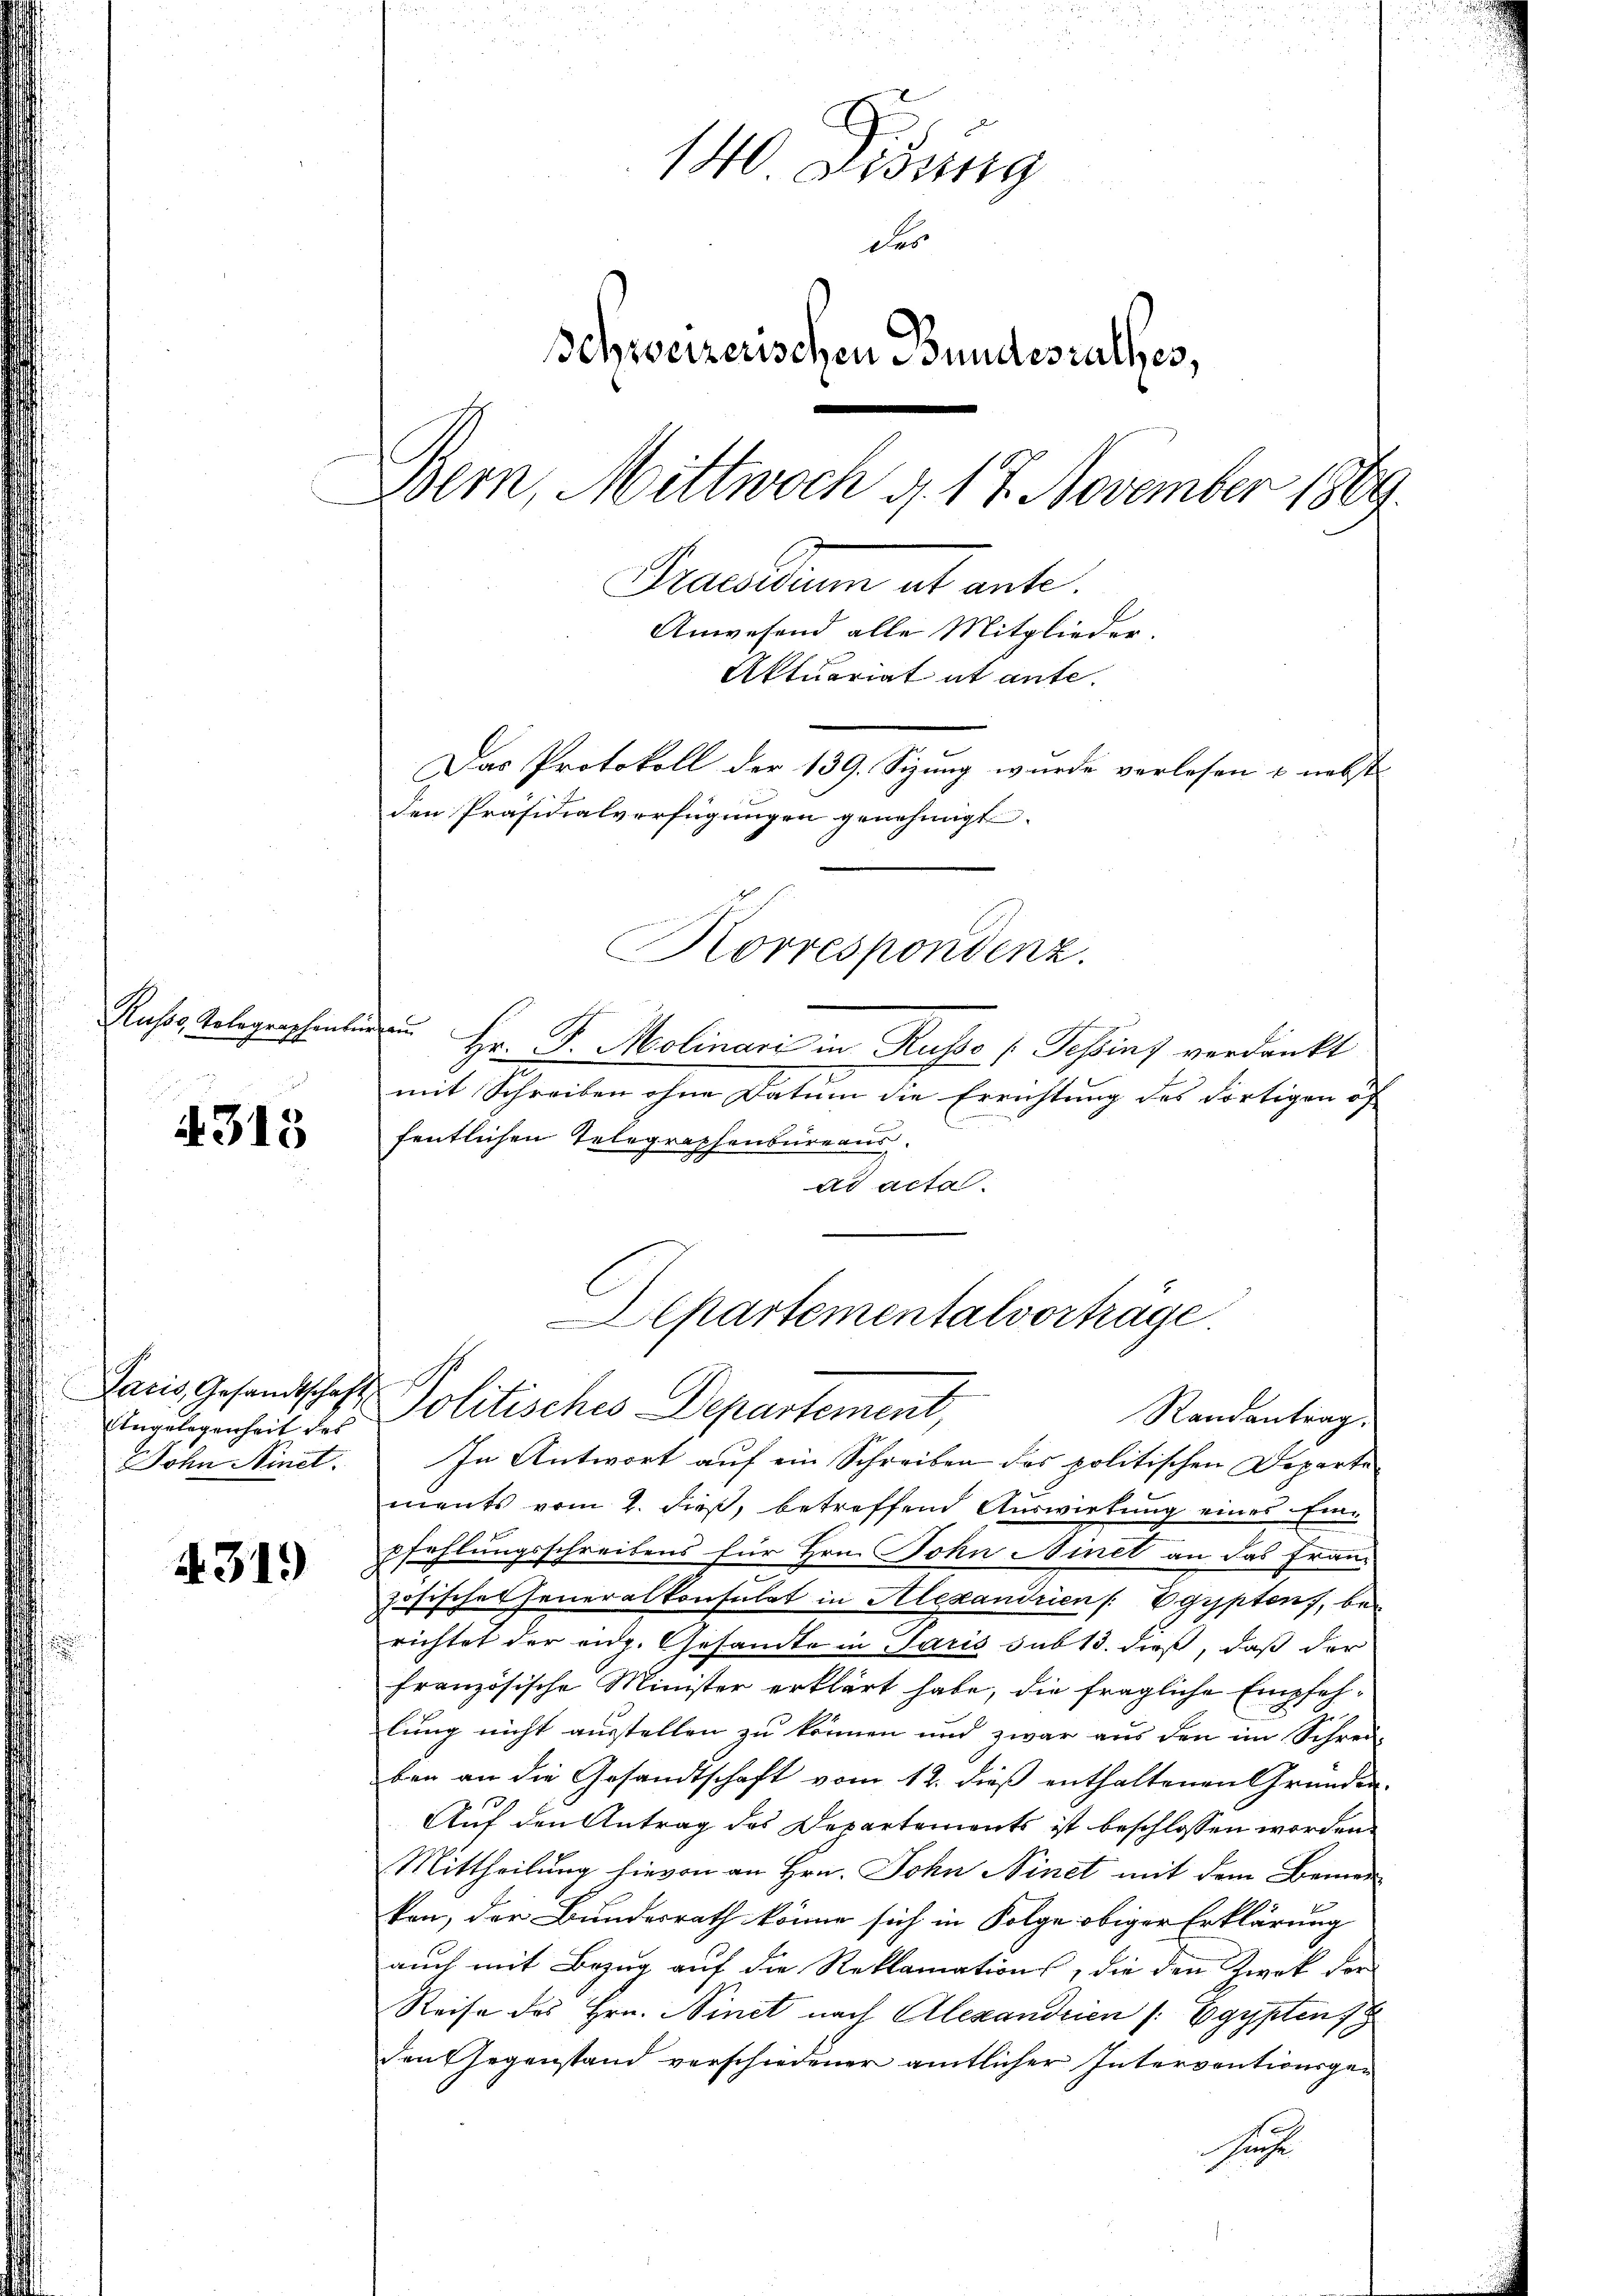
Russe, Tolographenbür

4315

Angelegenheit des
John Ninct.

4319

140 Didung
des
Schweizerischen Bundesrathes,
Bern, Mittwoch d. 17. November 1889
Hauseum ab ante.
Anwesend alle Mitglieder.
Aktuariat et ante.
Das Protokoll der 139. Sizung wurde verlesen & nebst
den Präsidialverfügungen genehmigt. |
Korrespondenz.

u. Hr. P. Molinari in Russe [Tessins verdankt
mit Schreiben ohne Datum die Errichtung des dortigen of
E
fentlichen Telegraphenbureaus.
ad acta.
Departementalvorträge

In Antwort auf ein Schreiben des politischen Departe
ments vom 2. dieß, betreffend Auswirtung eines Einpfehlungsschreibens für Hrn. Sohn Minet an das Fran-
zösisches Generalkonsulat in Alexandrien /: Egypten, bei
richtet der aug. Gesandte in Paris sub 13. dieß, daß der
französische Minister erklärt habe, die fragliche Empfehlung nicht ausstellen zu können und zwar aus den im Schrei-
ben an die Gesandtschaft vom 12. dieß enthaltenen Gründen.
Auf den Antrag des Departements ist beschlossen worden.
Mittheilung hievon an Hrn. John Ninet mit dem Bemer
ken, der Bundesrath könne sich in Folge obiger Erklärung
auch mit Bezug auf die Reklamations, die den Zwek der
Reise des Hrn. Ninct nach Alexandrien /: Egypten
den Gegenstand verschiedener amtlicher Interventionsgesuch

Paris, Gesandtschaft Politisches Departement,
Randantrag.